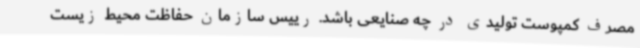
مصرف کمپوست تولیدی در چه صنایعی باشد. رییس سازمان حفاظت محیط زیست